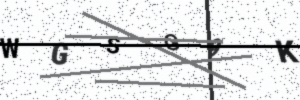
Text: WGSG9K